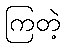
ကြတဲ့